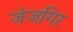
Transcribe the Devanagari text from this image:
जंजगिर